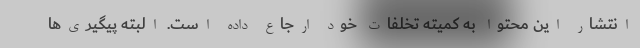
انتشار این محتوا به کمیته تخلفات خود ارجاع داده است. البته پیگیری‌ها